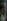
ال